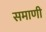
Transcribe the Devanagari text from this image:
समाणी